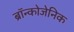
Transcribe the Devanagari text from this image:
ब्रॉन्कोजेनिक